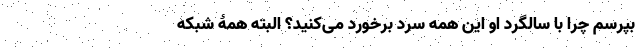
بپرسم چرا با سالگرد او این همه سرد برخورد می‌کنید؟ البته همۀ شبکه